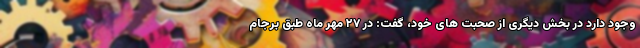
وجود دارد در بخش دیگری از صحبت های خود، گفت: در ۲۷ مهر ماه طبق برجام